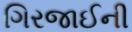
ગિરજાઈની